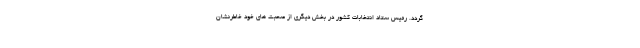
گردد. رئیس ستاد انتخابات کشور در بخش دیگری از صحبت های خود خاطرنشان